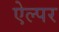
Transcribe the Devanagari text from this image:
ऐल्पर